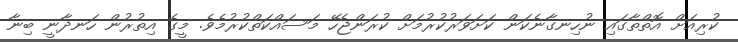
ކުރިއަށް އޮތްތާގައި ނުހިނގާނެކަން ކަށަވަރުކުރުމަށް ކުރަންޖެހޭ މަސައްކަތްކުރުމެވެ. މީގެ އިތުރުން ހަނދާނީ ބިނާ